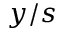
y / s